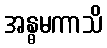
အန္ဓမကာသိ